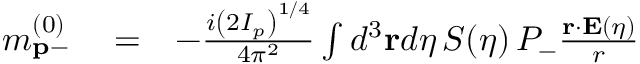
\begin{array} { r l r } { m _ { \mathbf { p } - } ^ { ( 0 ) } } & { { } = } & { - \frac { i \left( 2 I _ { p } \right) ^ { 1 / 4 } } { 4 \pi ^ { 2 } } \int d ^ { 3 } \mathbf { r } d \eta \, { \cal S } ( \eta ) \, { \cal P } _ { - } \frac { \mathbf { r } \cdot \mathbf { E } ( \eta ) } { r } } \end{array}